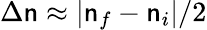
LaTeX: \Delta\mathsf{n}\approx|\mathsf{n}_{f}-\mathsf{n}_{i}|/2